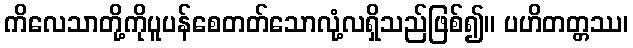
ကိလေသာတို့ကိုပူပန်စေတတ်သောလုံ့လရှိသည်ဖြစ်၍။ ပဟိတတ္တဿ၊